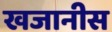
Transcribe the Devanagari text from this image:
खजानीस